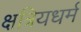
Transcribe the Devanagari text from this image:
क्षत्रियधर्म